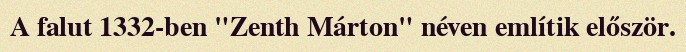
A falut 1332-ben "Zenth Márton" néven említik először.